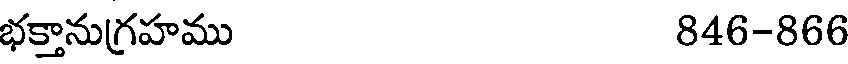
భక్తానుగ్రహము 846-866